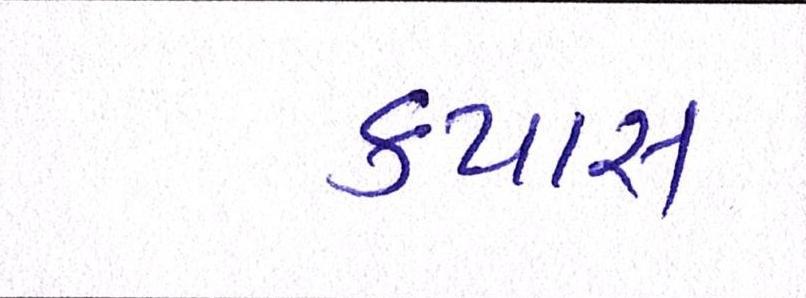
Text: કપાસ